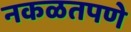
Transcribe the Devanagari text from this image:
नकळतपणे